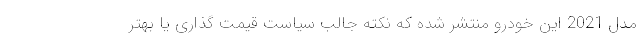
مدل 2021 این خودرو منتشر شده که نکته جالب سیاست قیمت گذاری یا بهتر